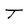
Character: T